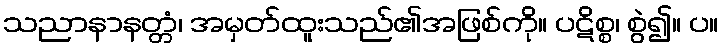
သညာနာနတ္တံ၊ အမှတ်ထူးသည်၏အဖြစ်ကို။ ပဋိစ္စ၊ စွဲ၍။ ပ။